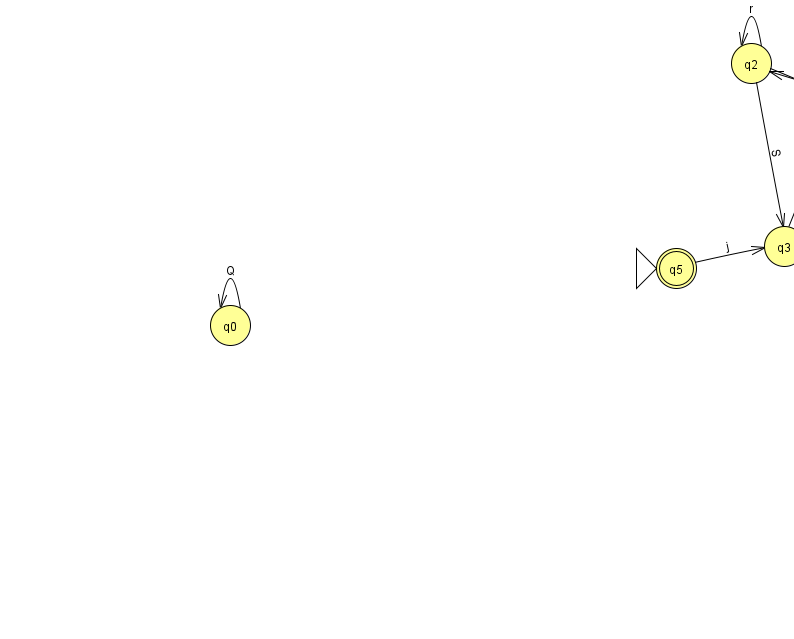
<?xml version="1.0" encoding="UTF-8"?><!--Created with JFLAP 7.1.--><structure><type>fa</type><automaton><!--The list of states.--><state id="0" name="q0"><x>230.0</x><y>312.0</y></state><state id="1" name="q1"><x>943.0</x><y>291.0</y></state><state id="2" name="q2"><x>751.0</x><y>50.0</y></state><state id="3" name="q3"><x>784.0</x><y>233.0</y></state><state id="4" name="q4"><x>958.0</x><y>113.0</y></state><state id="5" name="q5"><x>676.0</x><y>255.0</y><initial/><final/></state><state id="6" name="q6"><x>841.0</x><y>88.0</y></state><!--The list of transitions.--><transition><from>0</from><to>0</to><read>Q</read></transition><transition><from>2</from><to>2</to><read>r</read></transition><transition><from>3</from><to>6</to><read>Y</read></transition><transition><from>5</from><to>3</to><read>j</read></transition><transition><from>2</from><to>3</to><read>S</read></transition><transition><from>4</from><to>4</to><read>s</read></transition><transition><from>3</from><to>1</to><read>v</read></transition><transition><from>1</from><to>1</to><read>W</read></transition><transition><from>2</from><to>6</to><read>P</read></transition><transition><from>4</from><to>1</to><read>E</read></transition><transition><from>4</from><to>2</to><read>t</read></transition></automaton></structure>